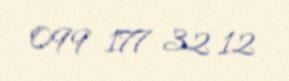
099 177 32 12